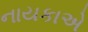
નાયકાએ